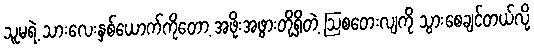
သူမရဲ့ သားလေးနှစ်ယောက်ကိုတော့ အဖိုးအဖွားတို့ရှိတဲ့ ဩစတေးလျကို သွားစေချင်တယ်လို့